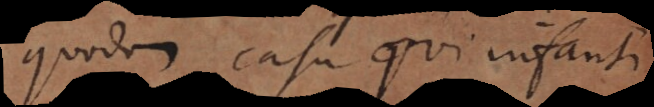
quodam casu qui infanti